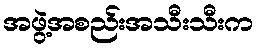
အဖွဲ့အစည်းအသီးသီးက